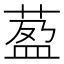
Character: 萾